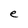
Character: e